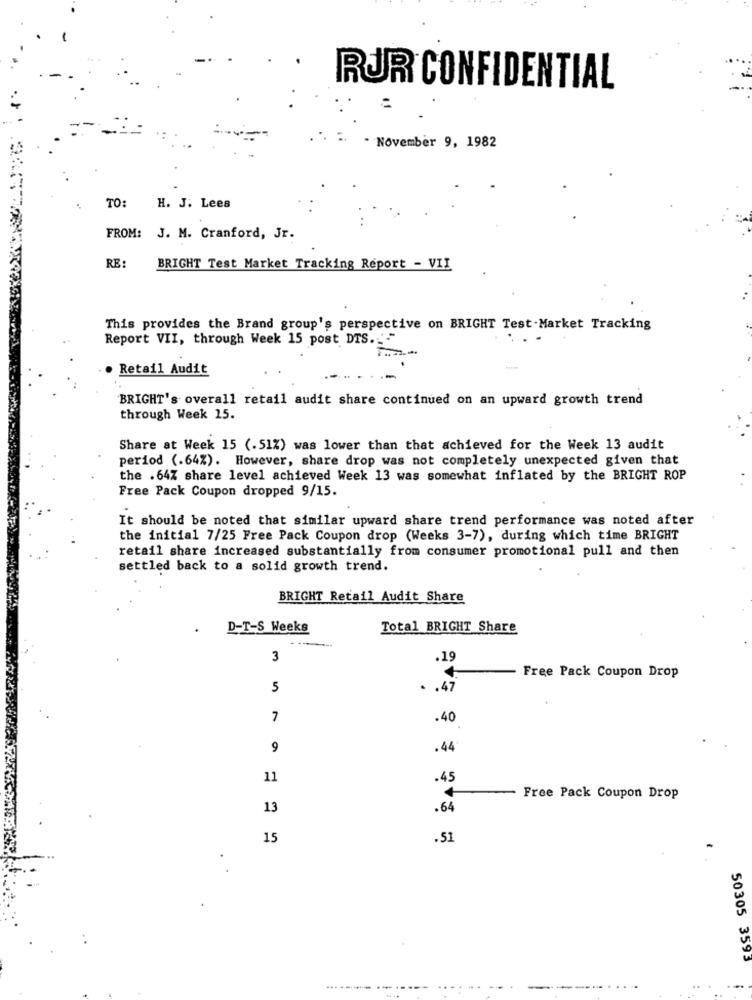
RUR CONFIDENTIAL
. November 9, 1982
TO:
H. J. Lees
FROM: J. M. Cranford, Jr.
RE:
BRIGHT Test Market Tracking Report - VII
This provides the Brand group's perspective on BRIGHT Test.Market Tracking
Report VII, through Week 15 post DTS."
...
. Retail Audit
BRIGHT's overall retail audit share continued on an upward growth trend
through Week 15.
Share at Week 15 (.51%) was lower than that achieved for the Week 13 audit
period (.64%). However, share drop was not completely unexpected given that
the .64% share level achieved Week 13 was somewhat inflated by the BRIGHT ROP
Free Pack Coupon dropped 9/15.
It should be noted that similar upward share trend performance was noted after
the initial 7/25 Free Pack Coupon drop (Weeks 3-7), during which time BRIGHT
retail share increased substantially from consumer promotional pull and then
settled back to a solid growth trend.
BRIGHT Retail Audit Share
D-T-S Weeks
Total BRIGHT Share
3
.19
Free Pack Coupon Drop
5
.47
7
.40
9
.44
11
.45
Free Pack Coupon Drop
13
.64
15
.51
50305 3593